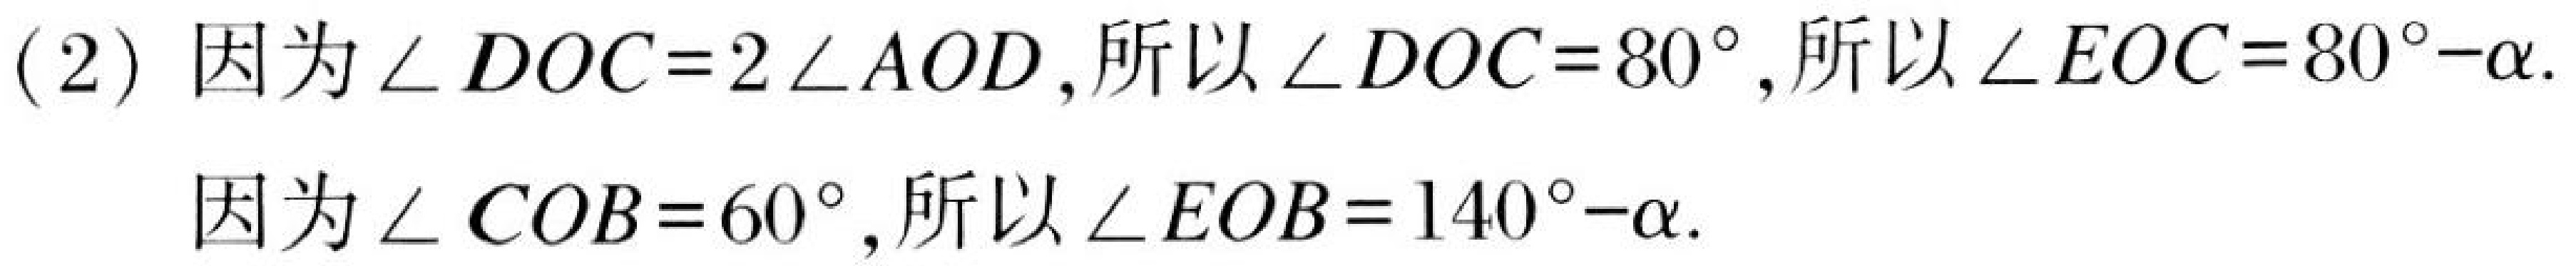
(2) 因为 \(\angle DOC = 2\angle AOD\), 所以 \(\angle DOC = 80^{\circ}\), 所以 \(\angle EOC = 80^{\circ}-\alpha\).
因为 \(\angle COB = 60^{\circ}\), 所以 \(\angle EOB = 140^{\circ}-\alpha\).